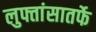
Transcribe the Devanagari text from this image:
लुफ्तांसातर्फे